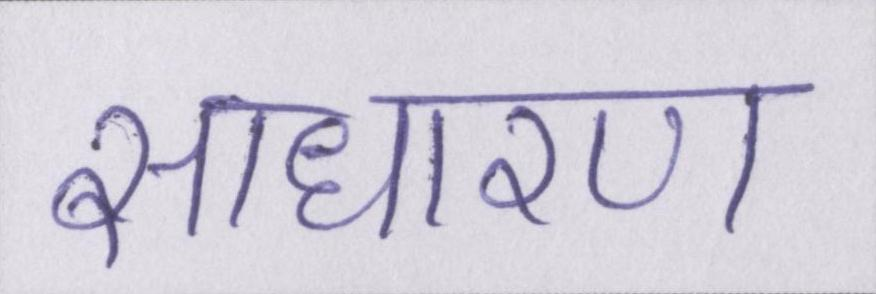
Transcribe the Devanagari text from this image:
साधारण